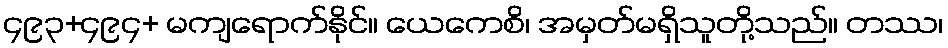
၄၉၃+၄၉၄+ မကျရောက်နိုင်။ ယေကေစိ၊ အမှတ်မရှိသူတို့သည်။ တဿ၊